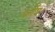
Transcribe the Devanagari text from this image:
वर्तीश।